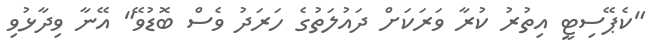
"ކެޕޭސިޓީ އިތުރު ކުރާ ވަރަކަށް ދައުލަތުގެ ހަރަދު ވެސް ބޮޑުވޭ" އޭނާ ވިދާޅުވި